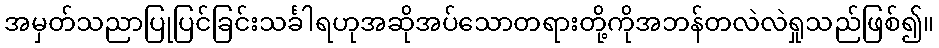
အမှတ်သညာပြုပြင်ခြင်းသင်္ခါရဟုအဆိုအပ်သောတရားတို့ကိုအဘန်တလဲလဲရှုသည်ဖြစ်၍။